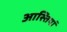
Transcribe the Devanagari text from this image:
आस्त्तियां